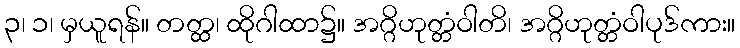
၃၊ ၁၊ မှယူရန်။ တတ္ထ၊ ထိုဂါထာ၌။ အဂ္ဂိဟုတ္တံဝါတိ၊ အဂ္ဂိဟုတ္တံဝါပုဒ်ကား။